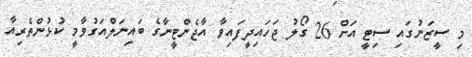
މި ސީޒަނުގައި ސިޓީ އަށް 26 ގޯލު ޖަހައިދީފައިވާ އާޖެންޓީނާގެ ބައިނަލްއަގުވާމީ ކުޅުންތެރިއާ